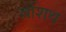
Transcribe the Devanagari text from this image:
वशिथ